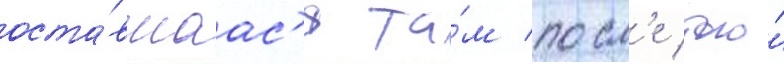
оста́вшаас'я та́м посл'е того́